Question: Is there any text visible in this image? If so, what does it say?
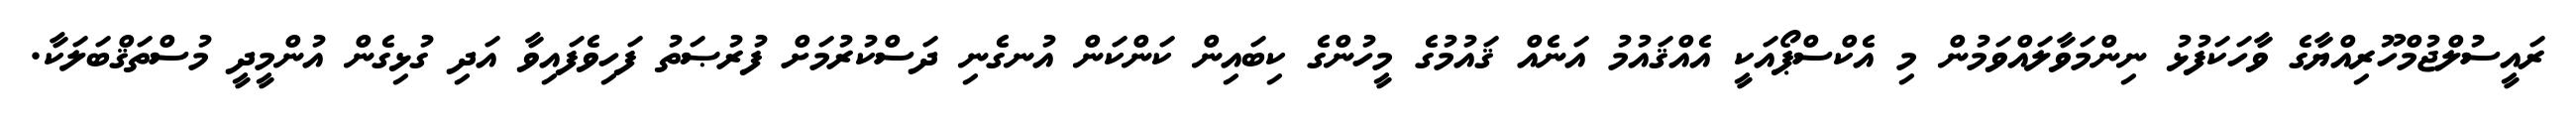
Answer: ރައީސުލްޖުމްހޫރިއްޔާގެ ވާހަކަފުޅު ނިންމަވާލައްވަމުން މި އެކްސްޕޯއަކީ އެއްޤައުމު އަނެއް ޤައުމުގެ މީހުންގެ ކިބައިން ކަންކަން އުނގެނި ދަސްކުރުމަށް ފުރުޞަތު ފަހިވެފައިވާ އަދި ގުޅިގެން އުންމީދީ މުސްތަޤްބަލަކާ.